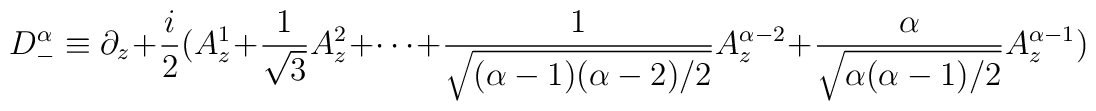
D_-^{\alpha } \equiv \partial_z+\frac{i}{2}(A_z^1+\frac{1}{\sqrt{3}}A_z^2+\cdots +\frac{1}{\sqrt{(\alpha-1)(\alpha-2)/2}}A^{\alpha-2}_z+\frac{\alpha}{\sqrt{\alpha(\alpha-1)/2}}A^{\alpha-1}_z)